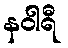
နဝါရီ